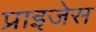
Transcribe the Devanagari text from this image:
प्राइजेस